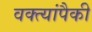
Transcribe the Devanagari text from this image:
वक्त्यांपैकी